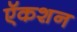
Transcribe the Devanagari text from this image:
ऍकशन